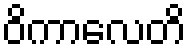
ဝိကာလေတိ